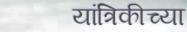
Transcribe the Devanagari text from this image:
यांत्रिकीच्या